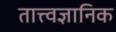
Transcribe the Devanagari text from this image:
तात्त्वज्ञानिक